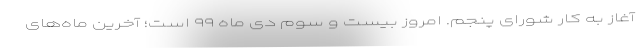
آغاز به کار شورای پنجم. امروز بیست و سوم دی ماه ۹۹ است؛ آخرین ماه‌های